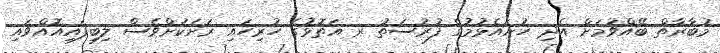
މުބާރާތް ބޭއްވުމަށް އެދި ހުށައެޅުމުގެ ފުރުސަތު ރ އަތޮޅުގެ ހުރިހައި ރަށަކަށްވެސް ލިބިފައިއޮއްވައި